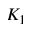
K _ { 1 }